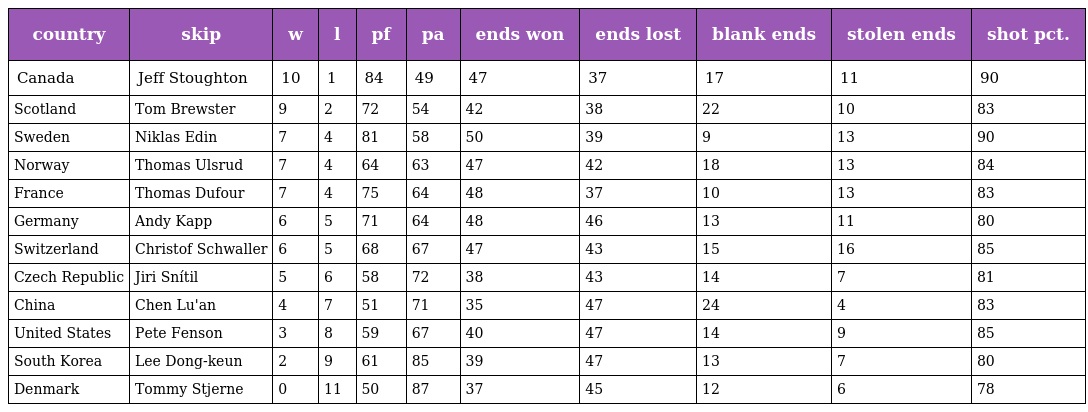
| country | skip | w | l | pf | pa | ends won | ends lost | blank ends | stolen ends | shot pct. |
 | --- | --- | --- | --- | --- | --- | --- | --- | --- | --- | --- |
 | Canada | Jeff Stoughton | 10 | 1 | 84 | 49 | 47 | 37 | 17 | 11 | 90 |
 | Scotland | Tom Brewster | 9 | 2 | 72 | 54 | 42 | 38 | 22 | 10 | 83 |
 | Sweden | Niklas Edin | 7 | 4 | 81 | 58 | 50 | 39 | 9 | 13 | 90 |
 | Norway | Thomas Ulsrud | 7 | 4 | 64 | 63 | 47 | 42 | 18 | 13 | 84 |
 | France | Thomas Dufour | 7 | 4 | 75 | 64 | 48 | 37 | 10 | 13 | 83 |
 | Germany | Andy Kapp | 6 | 5 | 71 | 64 | 48 | 46 | 13 | 11 | 80 |
 | Switzerland | Christof Schwaller | 6 | 5 | 68 | 67 | 47 | 43 | 15 | 16 | 85 |
 | Czech Republic | Jiri Snítil | 5 | 6 | 58 | 72 | 38 | 43 | 14 | 7 | 81 |
 | China | Chen Lu'an | 4 | 7 | 51 | 71 | 35 | 47 | 24 | 4 | 83 |
 | United States | Pete Fenson | 3 | 8 | 59 | 67 | 40 | 47 | 14 | 9 | 85 |
 | South Korea | Lee Dong-keun | 2 | 9 | 61 | 85 | 39 | 47 | 13 | 7 | 80 |
 | Denmark | Tommy Stjerne | 0 | 11 | 50 | 87 | 37 | 45 | 12 | 6 | 78 |